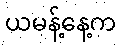
ယမန့်နေ့က